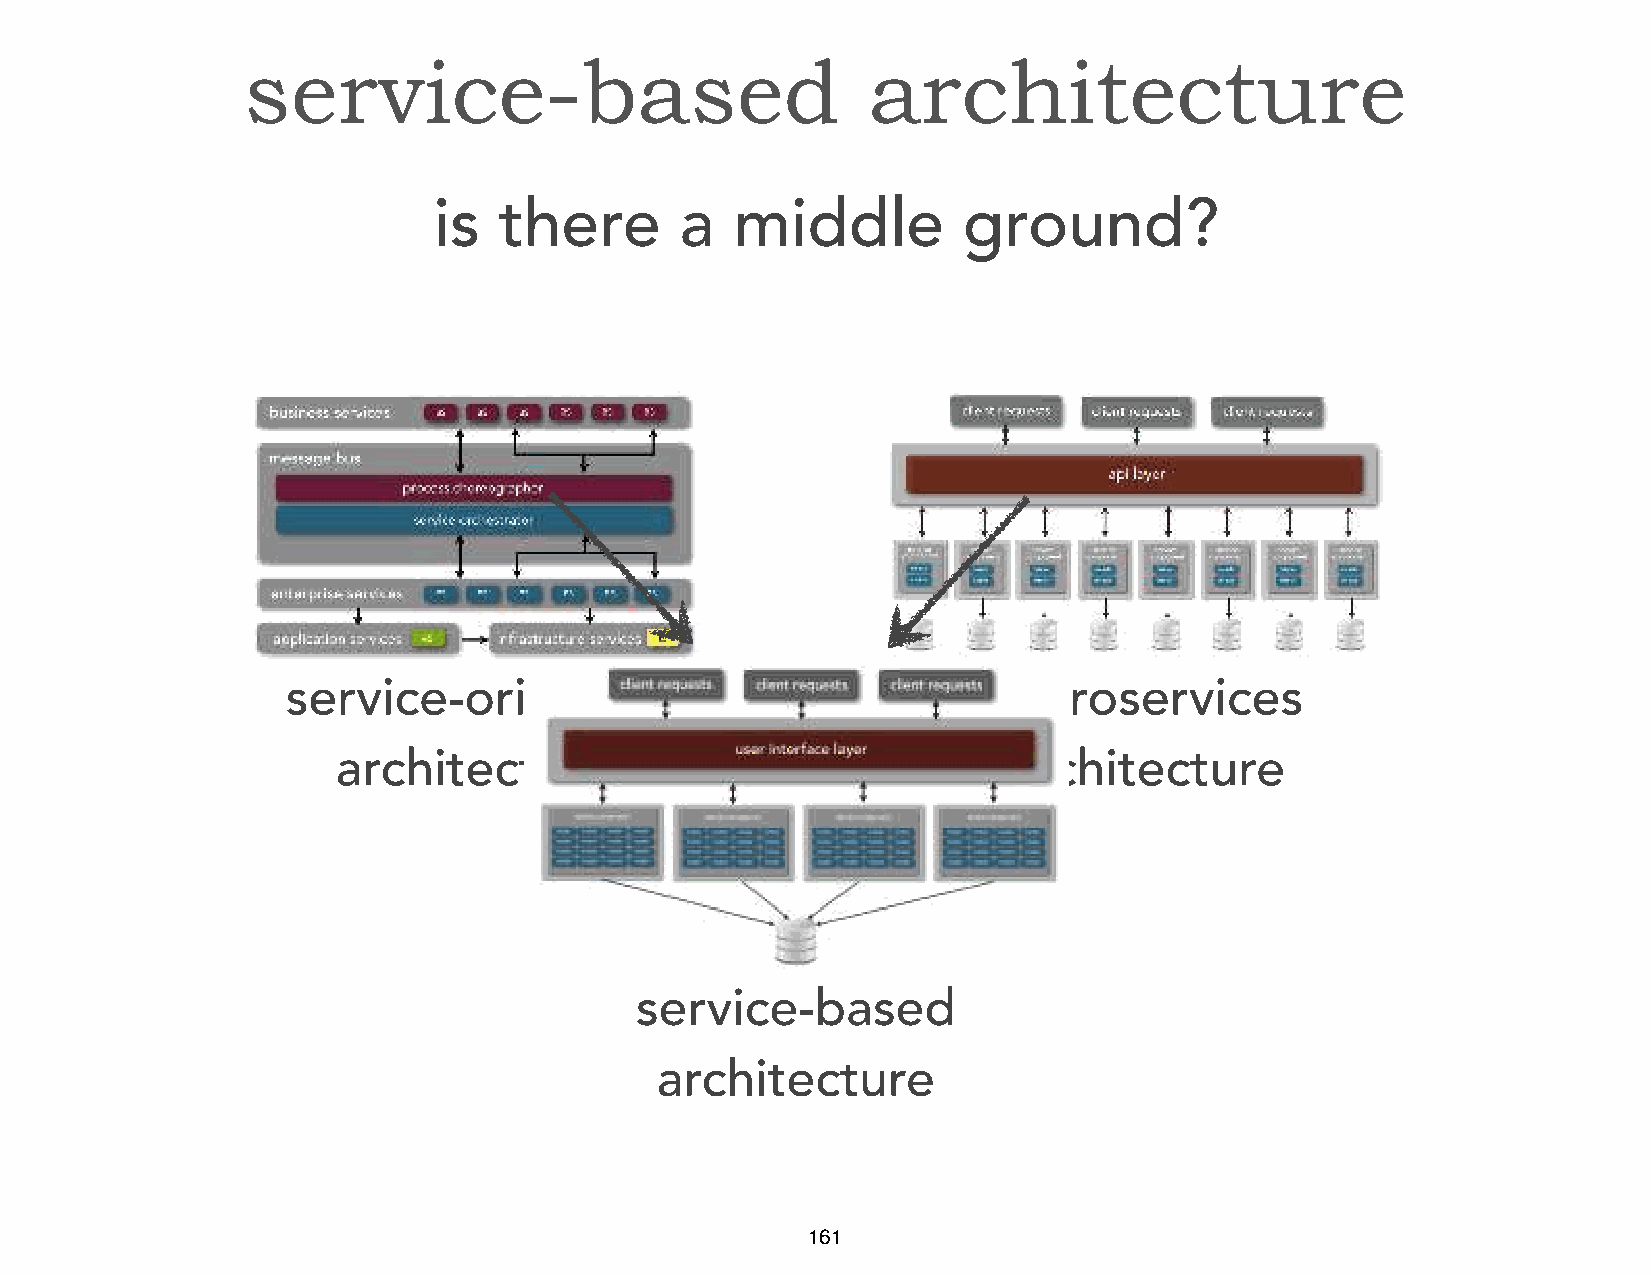
service-based                            architecture
 is  there       a   middle         ground?
 service-oriented                              microservices
 architecture                                 architecture
 service-based
 architecture
 161